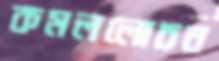
কমললোচন